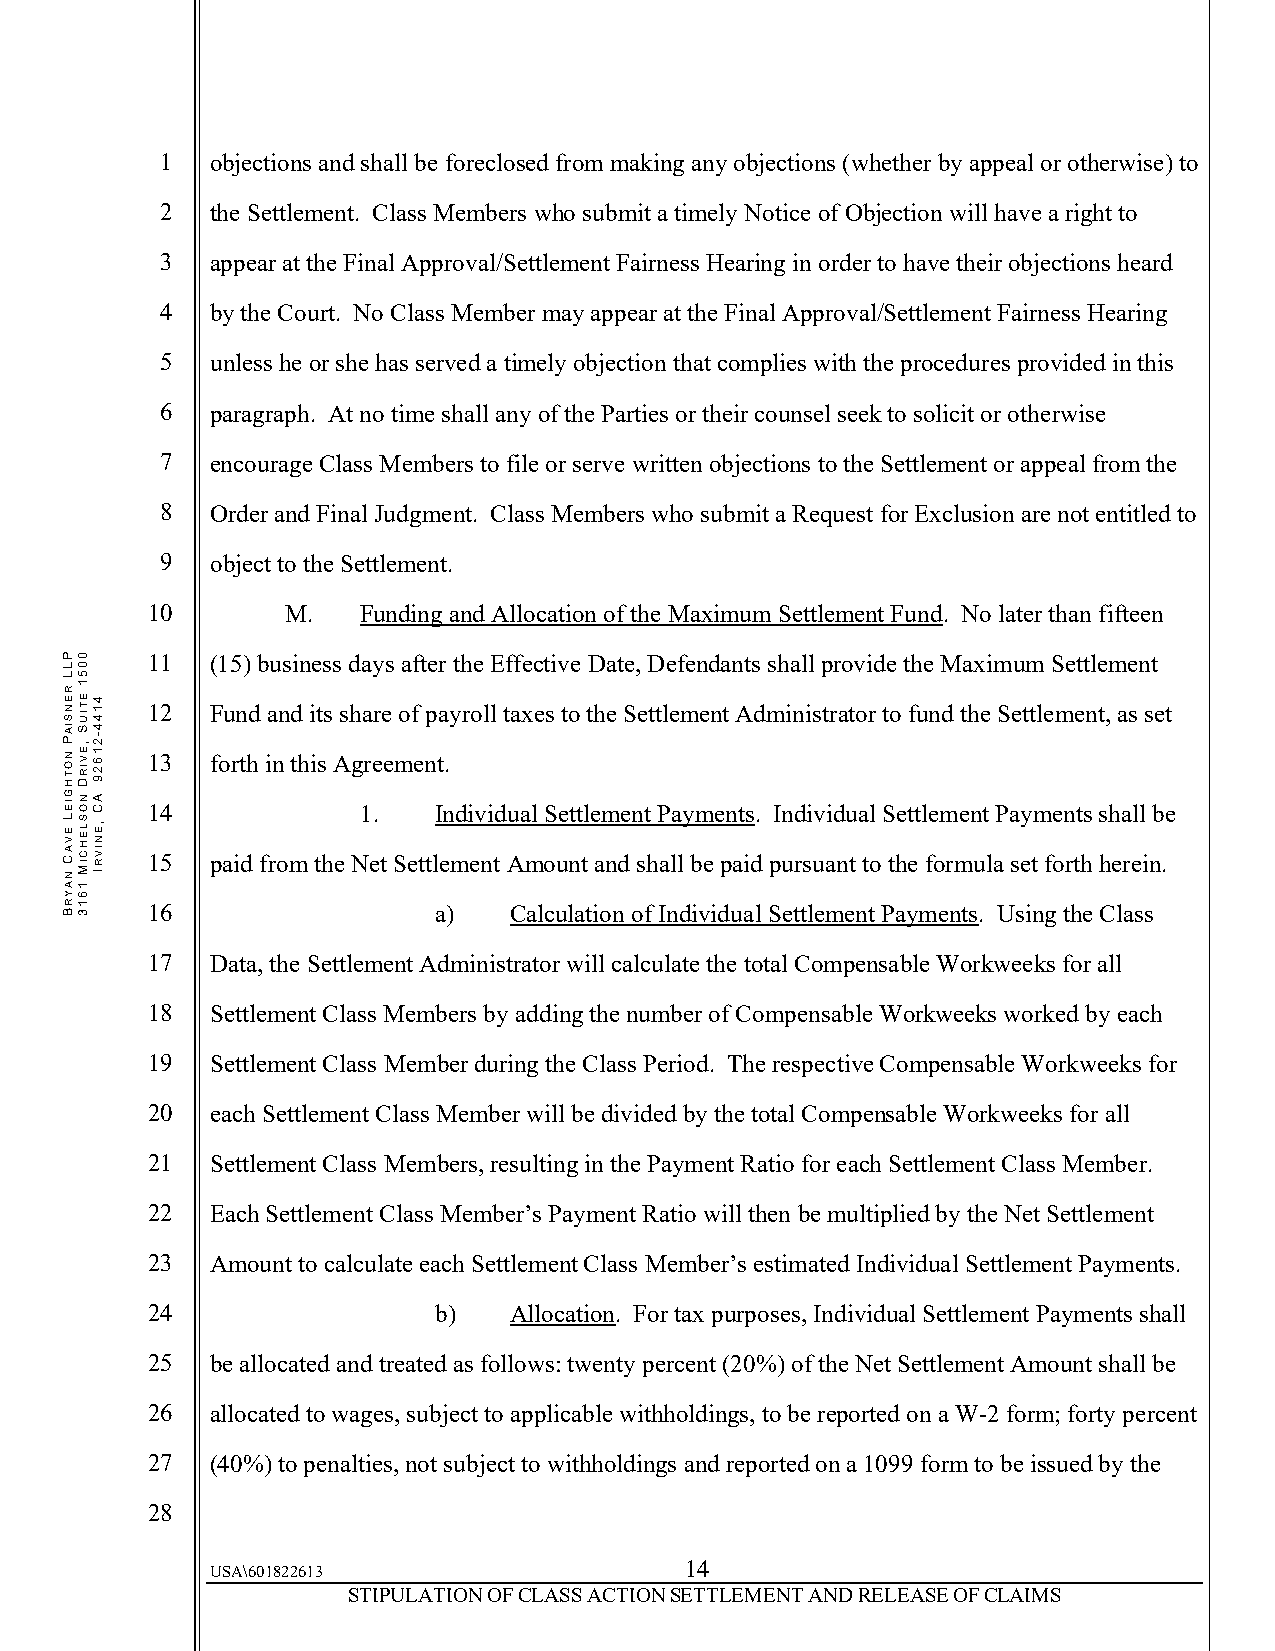
1  objections and shall be foreclosed from making any objections (whether by appeal or otherwise) to
 2  the Settlement. Class Members who submit a timely Notice of Objection will have a right to
 3  appear at the Final Approval/Settlement Fairness Hearing in order to have their objections heard
 4  by the Court. No Class Member may appear at the Final Approval/Settlement Fairness Hearing
 5  unless he or she has served a timely objection that complies with the procedures provided in this
 6  paragraph. At no time shall any of the Parties or their counsel seek to solicit or otherwise
 7  encourage Class Members to file or serve written objections to the Settlement or appeal from the
 8  Order and Final Judgment. Class Members who submit a Request for Exclusion are not entitled to
 9  object to the Settlement.
 10       M.   Funding and Allocation of the Maximum Settlement Fund. No later than fifteen
 11  (15) business days after the Effective Date, Defendants shall provide the Maximum Settlement
 12  Fund and its share of payroll taxes to the Settlement Administrator to fund the Settlement, as set
 13  forth in this Agreement.
 14            1.   Individual Settlement Payments. Individual Settlement Payments shall be
 15  paid from the Net Settlement Amount and shall be paid pursuant to the formula set forth herein.
 16                 a)   Calculation of Individual Settlement Payments. Using the Class
 17  Data, the Settlement Administrator will calculate the total Compensable Workweeks for all
 18  Settlement Class Members by adding the number of Compensable Workweeks worked by each
 19  Settlement Class Member during the Class Period. The respective Compensable Workweeks for
 20  each Settlement Class Member will be divided by the total Compensable Workweeks for all
 21  Settlement Class Members, resulting in the Payment Ratio for each Settlement Class Member.
 22  Each Settlement Class Member’s Payment Ratio will then be multiplied by the Net Settlement
 23  Amount to calculate each Settlement Class Member’s estimated Individual Settlement Payments.
 24                 b)   Allocation. For tax purposes, Individual Settlement Payments shall
 25  be allocated and treated as follows: twenty percent (20%) of the Net Settlement Amount shall be
 26  allocated to wages, subject to applicable withholdings, to be reported on a W-2 form; forty percent
 27  (40%) to penalties, not subject to withholdings and reported on a 1099 form to be issued by the
 28
 14
 USA\601822613
 STIPULATION OF CLASS ACTION SETTLEMENT AND RELEASE OF CLAIMS
 PLL
 RENSIAP
 NOTHGIEL
 EVAC
 NAYRB
 0051
 ETIUS
 ,EVIRD
 NOSLEHCIM
 1613
 4144-21629
 AC
 ,ENIVRI